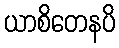
ယာစိတေနပိ